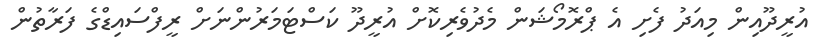
އުރީދޫއިން މިއަދު ފެށި އެ ޕްރޮމޯޝަން މެދުވެރިކޮށް އުރީދޫ ކަސްޓަމަރުންނަށް ރީފްސައިޑްގެ ފަރާތުން